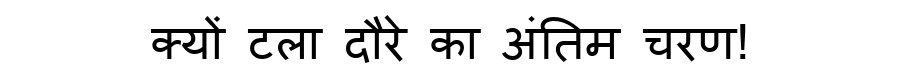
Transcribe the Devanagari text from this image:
क्यों टला दौरे का अंतिम चरण!